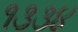
૧૩૩૪